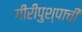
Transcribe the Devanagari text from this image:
गीरीपुश्पाची